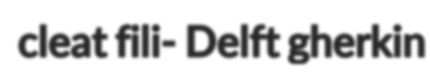
cleat fili- Delft gherkin